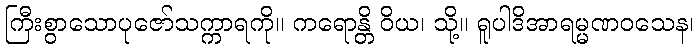
ကြီးစွာသောပုဇော်သက္ကာရကို။ ကရောန္တိ ဝိယ၊ သို့။ ရူပါဒိအာရမ္မဏဝသေန၊